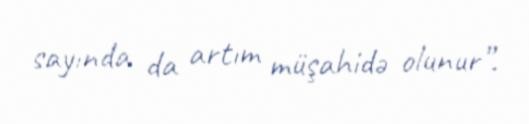
sayında da artım müşahidə olunur”.